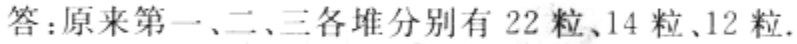
答：原来第一、二、三各堆分别有 \(22\) 粒、\(14\) 粒、\(12\) 粒.